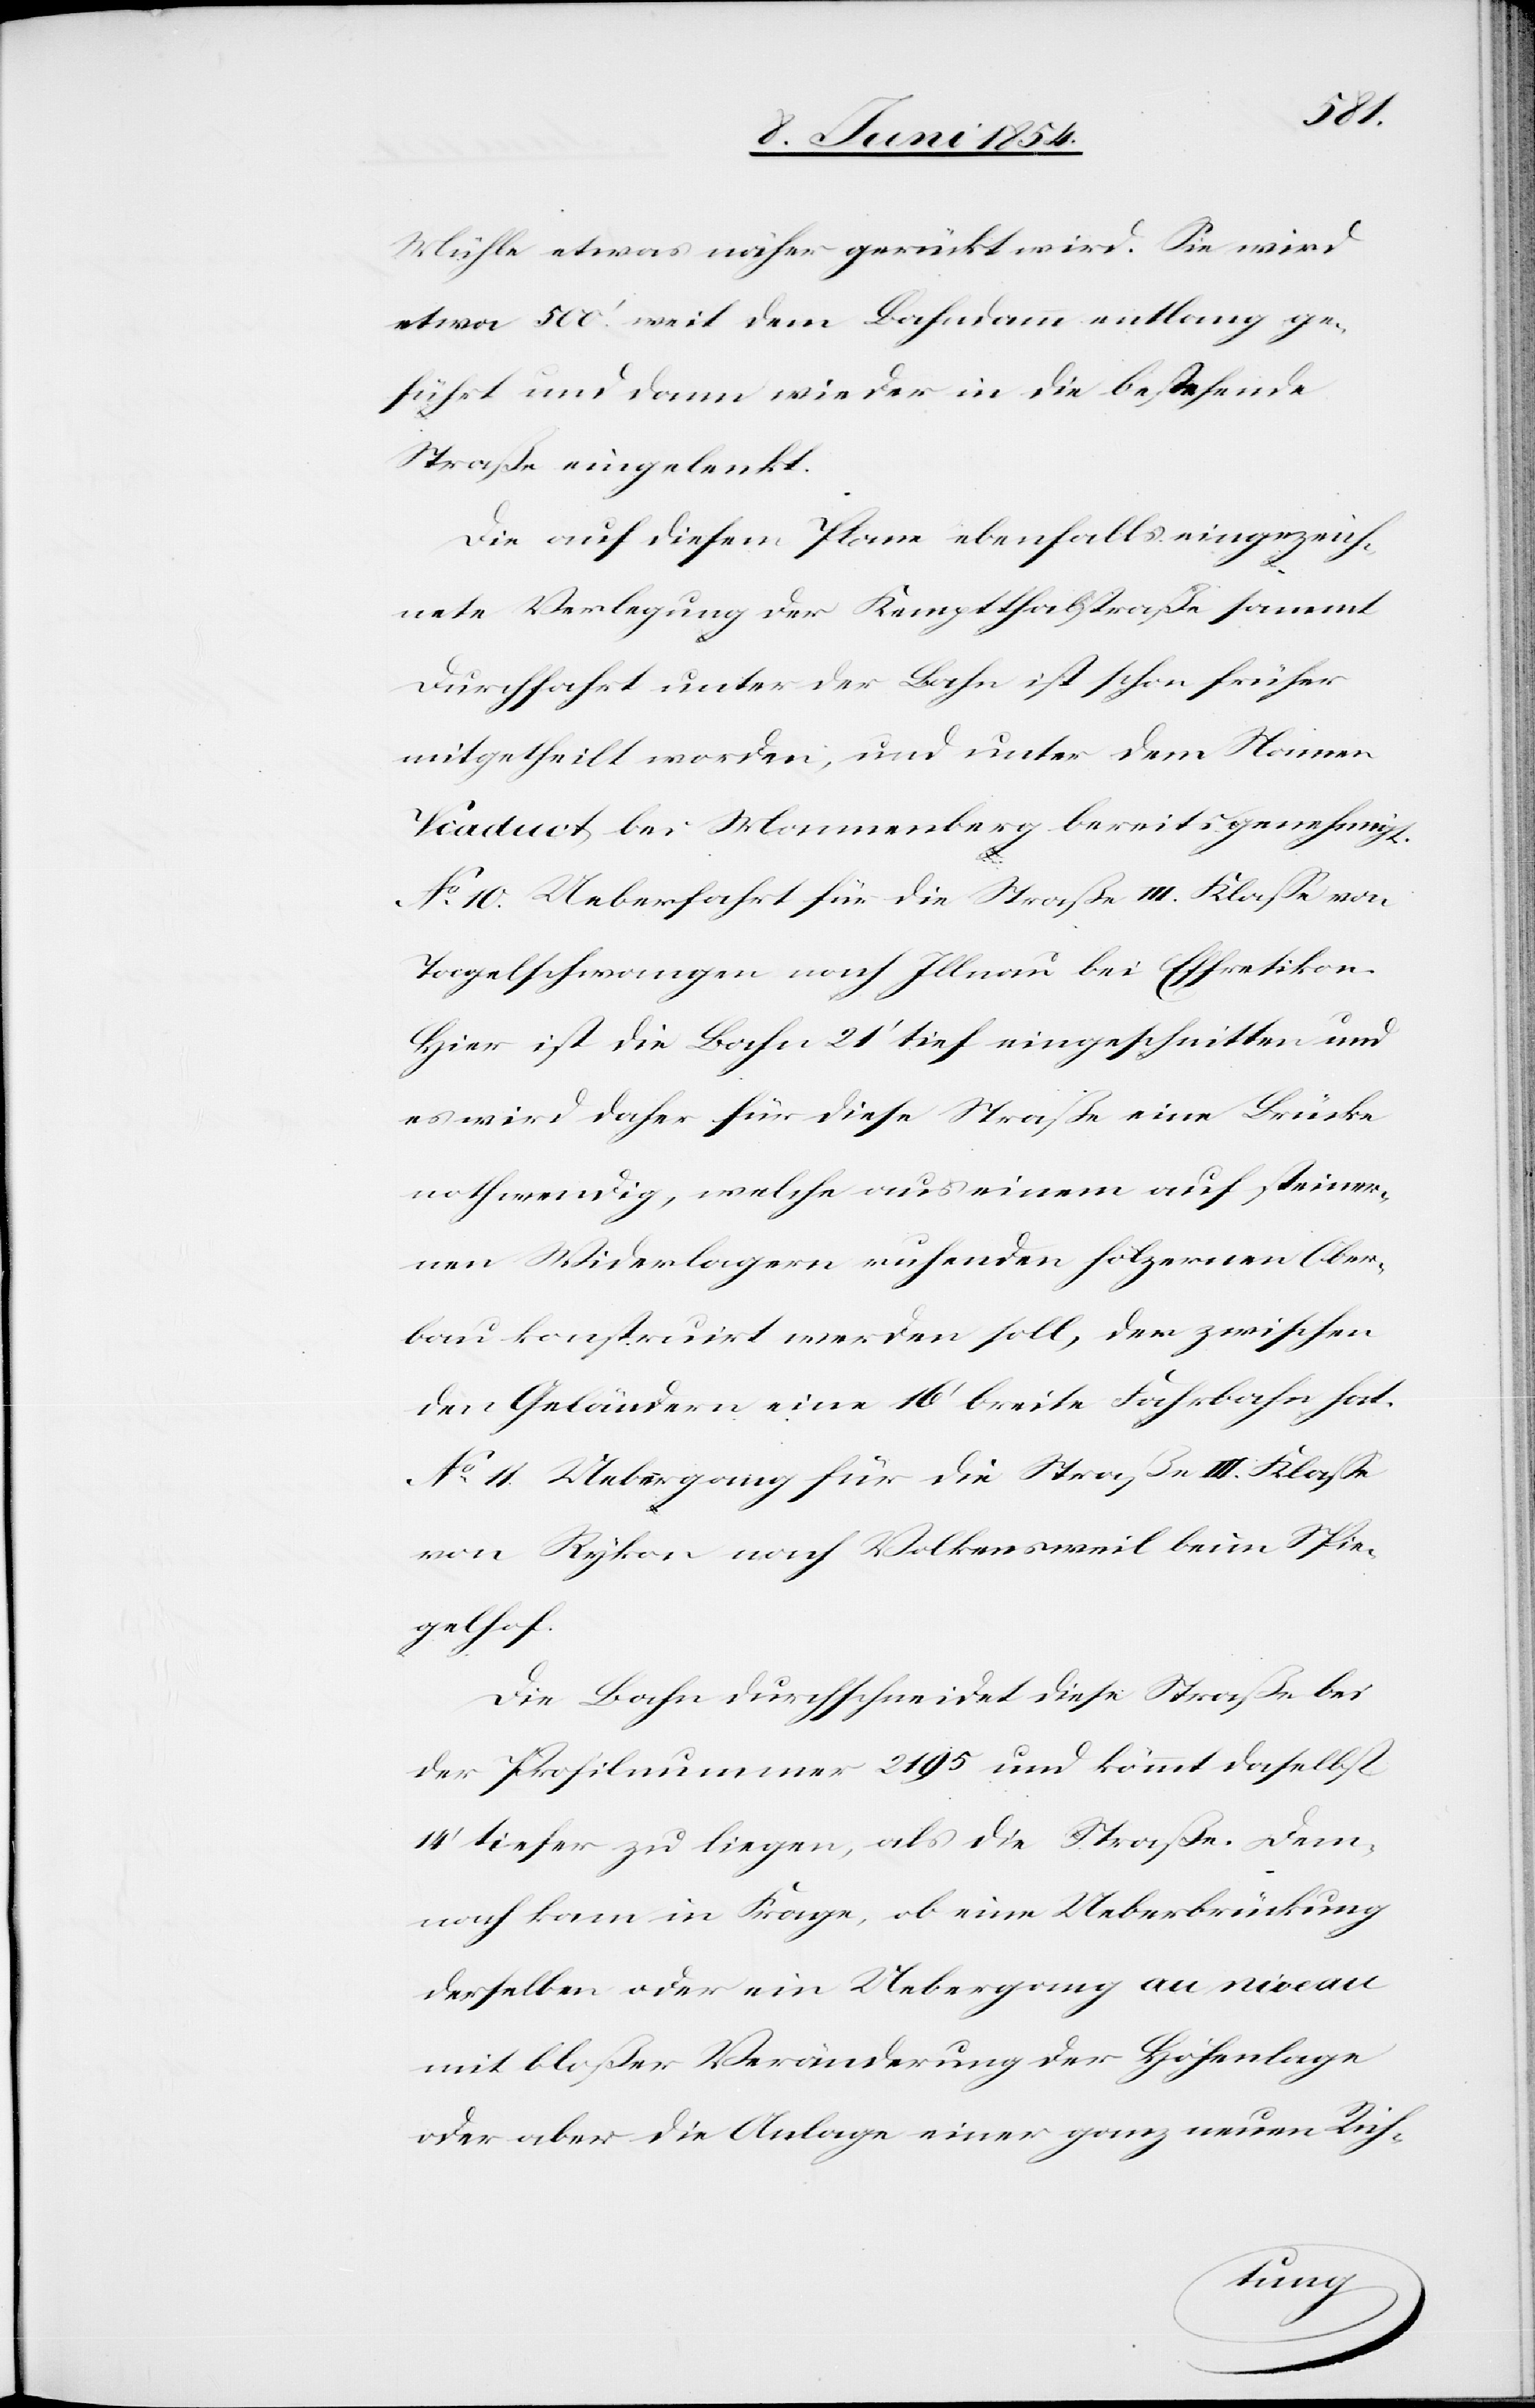
Mühle etwas näher gerückt wird. Sie wird
etwa 500.‘ mit dem Bahndamm entlang ge¬
führt und dann wieder in die bestehende
Straße eingelenkt.
Die auf diesem Plane ebenfalls eingezeich¬
nete Verlegung der Kemptthalstraße sammt
Durchfahrt unter der Bahn ist schon früher
mitgetheilt worden, und unter dem Namen
Viaduct bei Mannenberg bereits genehmigt.
No 10. Ueberfahrt für die Straße III. Klaße von
Tagelschwangen nach Illnau bei Effretikon.
Hier ist die Bahn 21‘ tief eingeschnitten und
es wird daher für diese Straße eine Brücke
nothwendig, welche aus einem auf steiner¬
nen Widerlagern ruhenden hölzernen Ober¬
bau konstruirt werden soll, der zwischen
den Gebäuden eine 16‘ breite Fahrbahn hat.
No 11. Uebergang für die Straße III. Klaße
von Rykon nach Volkensweil beim Spie¬
gelhof.
Die Bahn durchschneidet diese Straße bei
der Profilnummer 2195 und kömmt daselbst
14‘ tiefer zu liegen, als die Straße. Dem¬
nach kam in Frage, ob eine Ueberbrückung
derselben oder ein Uebergang au niveau
mit bloßer Veränderung der Höhenlage
oder aber die Anlage einer ganz neuen Rich-